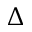
\Delta